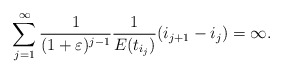
\begin{align*} \sum_{j = 1}^{\infty} \frac{1}{(1+\varepsilon)^{j-1}}\frac{1}{E(t_{i_{j}})} (i_{j+1} - i_j) = \infty. \end{align*}